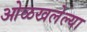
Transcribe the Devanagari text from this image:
ओळखलेल्या